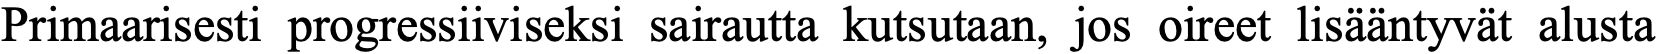
Primaarisesti progressiiviseksi sairautta kutsutaan, jos oireet lisääntyvät alusta